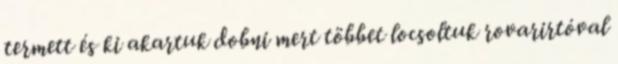
termett és ki akartuk dobni mert többet locsoltuk rovarirtóval